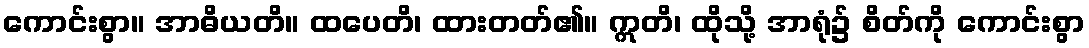
ကောင်းစွာ။ အာဓိယတိ။ ထပေတိ၊ ထားတတ်၏။ ဣတိ၊ ထိုသို့ အာရုံ၌ စိတ်ကို ကောင်းစွာ